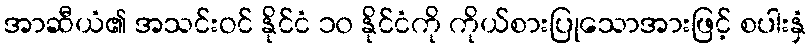
အာဆီယံ၏ အသင်းဝင် နိုင်ငံ ၁၀ နိုင်ငံကို ကိုယ်စားပြုသောအားဖြင့် စပါးနှံ